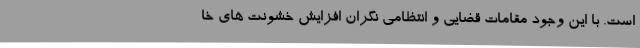
است. با این وجود مقامات قضایی و انتظامی نگران افزایش خشونت های خا